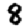
Digit: 8